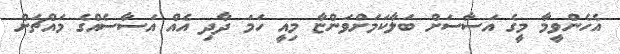
އެހެންވީމާ މީގެ އަސާސަށް ބަލާކަމަށްވަންޏާ މިއީ ހަމަ ދާދި އެއް އަސާސެއްގެ މައްޗަށް